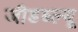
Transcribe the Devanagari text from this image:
जीडब्ल्यू